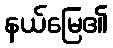
နယ်မြေ၏